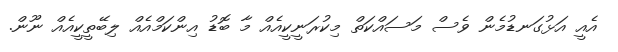
އެއީ އަޅުގަނޑުމެން ވެސް މަސައްކަތް މިކުރަނީކީއެއް މާ ބޮޑު އިންކަމްއެއް ލިބޭތީކީއެއް ނޫން.